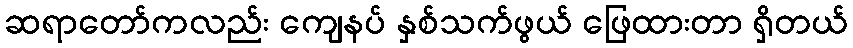
ဆရာတော်ကလည်း ကျေနပ် နှစ်သက်ဖွယ် ဖြေထားတာ ရှိတယ်